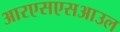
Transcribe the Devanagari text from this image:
आरएसएसआउल